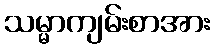
သမ္မာကျမ်းစာအား